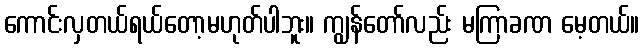
ကောင်းလှတယ်ရယ်တော့မဟုတ်ပါဘူး။ ကျွန်တော်လည်း မကြာခဏ မေ့တယ်။